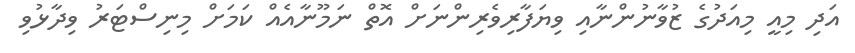
އަދި މިއީ މިއަދުގެ ޒުވާނުންނާއި ވިޔަފާރިވެރިންނަށް އޮތް ނަމޫނާއެއް ކަމަށް މިނިސްޓަރު ވިދާޅުވި